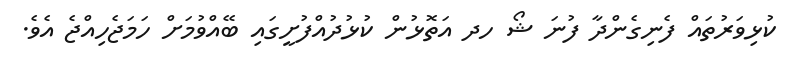
ކުޅިވަރުތައް ފެނިގެންދާ ފުނަ ޝޯ ހދ އަތޮޅުން ކުޅުދުއްފުށީގައި ބޭއްވުމަށް ހަމަޖެހިއްޖެ އެވެ.